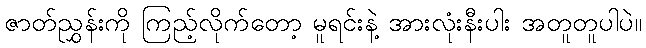
ဇာတ်ညွှန်းကို ကြည့်လိုက်တော့ မူရင်းနဲ့ အားလုံးနီးပါး အတူတူပါပဲ။